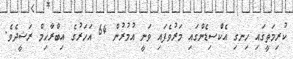
ކުރިމަތީގައި ހިނގި އެކްސިޑެންގައި މަރުވެފައި ވަނީ އުމުރުން 64 އަހަރުގެ އިބްރާހިމް ރަޝީދެވެ.